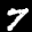
Label: 7